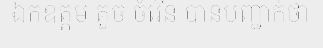
ឯកឧត្តម គួច ចំរើន បានបញ្ជាក់ថា